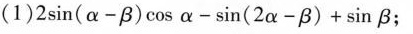
(1)$$2 sin ( α - β ) cos α - sin ( 2 α - β ) + sin β$$;